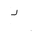
Letter: _dal